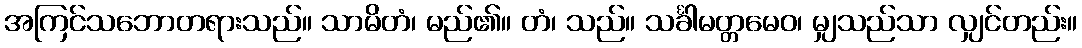
အကြင်သဘောတရားသည်။ သာမိတံ၊ မည်၏။ တံ၊ သည်။ သင်္ခါမတ္တမေဝ၊ မျှသည်သာ လျှင်တည်း။